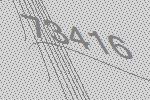
73416